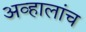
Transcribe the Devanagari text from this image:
अव्हालांच